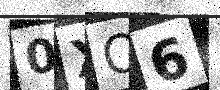
Text: 0XO6